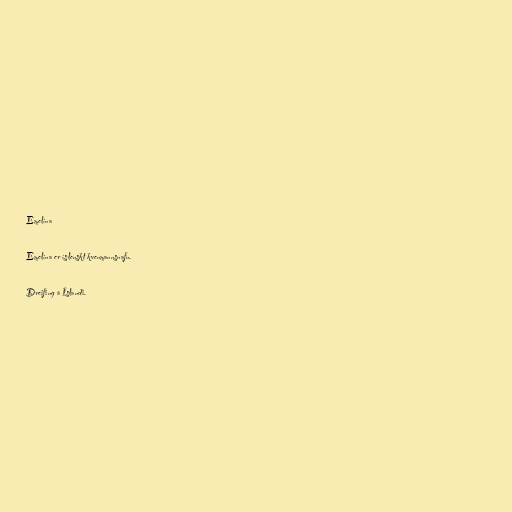
Emelína

Emelína er íslenskt kvenmannsnafn.

Dreifing á Íslandi.